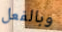
وبالفعل